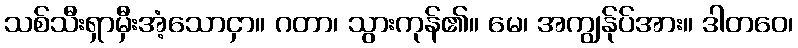
သစ်သီးရှာမှီးအံ့သောငှာ။ ဂတာ၊ သွားကုန်၏။ မေ၊ အကျွန်ုပ်အား။ ဒါတဝေ၊